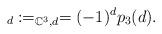
LaTeX: \begin{align*}_d:=_{\mathbb{C}^3, d}=(-1)^dp_3(d).\end{align*}